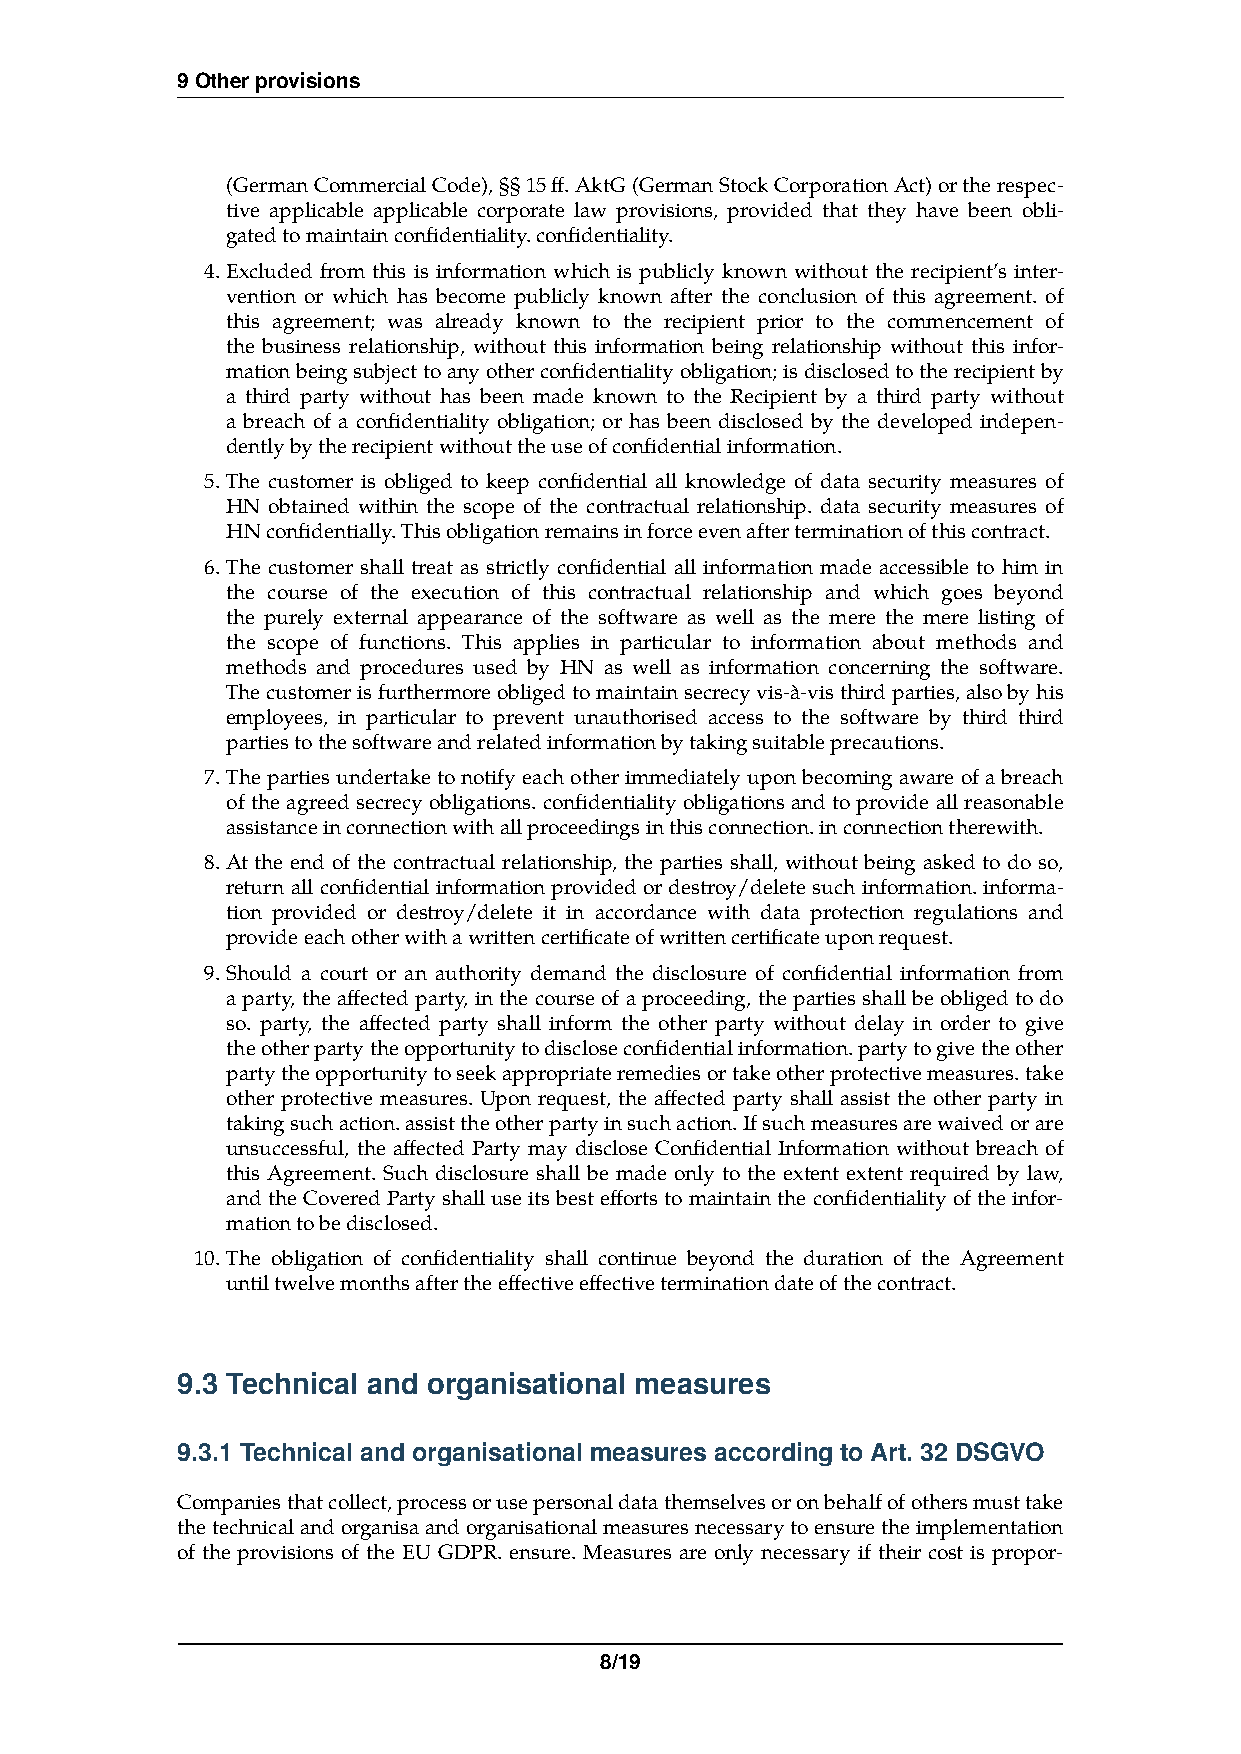
9 Other provisions
 (German Commercial Code), §§ 15 ff. AktG (German Stock Corporation Act) or the respec-
 tive applicable applicable corporate law provisions, provided that they have been obli-
 gated to maintain confidentiality. confidentiality.
 4.Excluded from this is information which is publicly known without the recipient’s inter-
 vention or which has become publicly known after the conclusion of this agreement. of
 this agreement; was already known to the recipient prior to the commencement of
 the business relationship, without this information being relationship without this infor-
 mation being subject to any other confidentiality obligation; is disclosed to the recipient by
 a third party without has been made known to the Recipient by a third party without
 a breach of a confidentiality obligation; or has been disclosed by the developed indepen-
 dently by the recipient without the use of confidential information.
 5.The customer is obliged to keep confidential all knowledge of data security measures of
 HN obtained within the scope of the contractual relationship. data security measures of
 HN confidentially. This obligation remains in force even after termination of this contract.
 6.The customer shall treat as strictly confidential all information made accessible to him in
 the course of the execution of this contractual relationship and which goes beyond
 the purely external appearance of the software as well as the mere the mere listing of
 the scope of functions. This applies in particular to information about methods and
 methods and procedures used by HN as well as information concerning the software.
 The customer is furthermore obliged to maintain secrecy vis-à-vis third parties, also by his
 employees, in particular to prevent unauthorised access to the software by third third
 parties to the software and related information by taking suitable precautions.
 7.The parties undertake to notify each other immediately upon becoming aware of a breach
 of the agreed secrecy obligations. confidentiality obligations and to provide all reasonable
 assistance in connection with all proceedings in this connection. in connection therewith.
 8.At the end of the contractual relationship, the parties shall, without being asked to do so,
 return all confidential information provided or destroy/delete such information. informa-
 tion provided or destroy/delete it in accordance with data protection regulations and
 provide each other with a written certificate of written certificate upon request.
 9.Should a court or an authority demand the disclosure of confidential information from
 a party, the affected party, in the course of a proceeding, the parties shall be obliged to do
 so. party, the affected party shall inform the other party without delay in order to give
 the other party the opportunity to disclose confidential information. party to give the other
 party the opportunity to seek appropriate remedies or take other protective measures. take
 other protective measures. Upon request, the affected party shall assist the other party in
 taking such action. assist the other party in such action. If such measures are waived or are
 unsuccessful, the affected Party may disclose Confidential Information without breach of
 this Agreement. Such disclosure shall be made only to the extent extent required by law,
 and the Covered Party shall use its best efforts to maintain the confidentiality of the infor-
 mation to be disclosed.
 10.The obligation of confidentiality shall continue beyond the duration of the Agreement
 until twelve months after the effective effective termination date of the contract.
 9.3 Technical and organisational measures
 9.3.1 Technical and organisational measures according to Art. 32 DSGVO
 Companies that collect, process or use personal data themselves or on behalf of others must take
 the technical and organisa and organisational measures necessary to ensure the implementation
 of the provisions of the EU GDPR. ensure. Measures are only necessary if their cost is propor-
 8/19